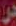
در